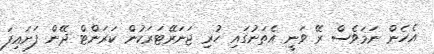
އެހެން ނަމަވެސް ރޭ ވަނީ އެތަނުގައި ހުރި ޖަނަރޭޓަރަކުން ކަރަންޓް ދޭން ފަށައިފަ